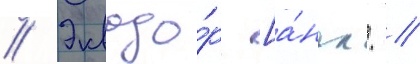
// Эквадо́р [а́нгл. //